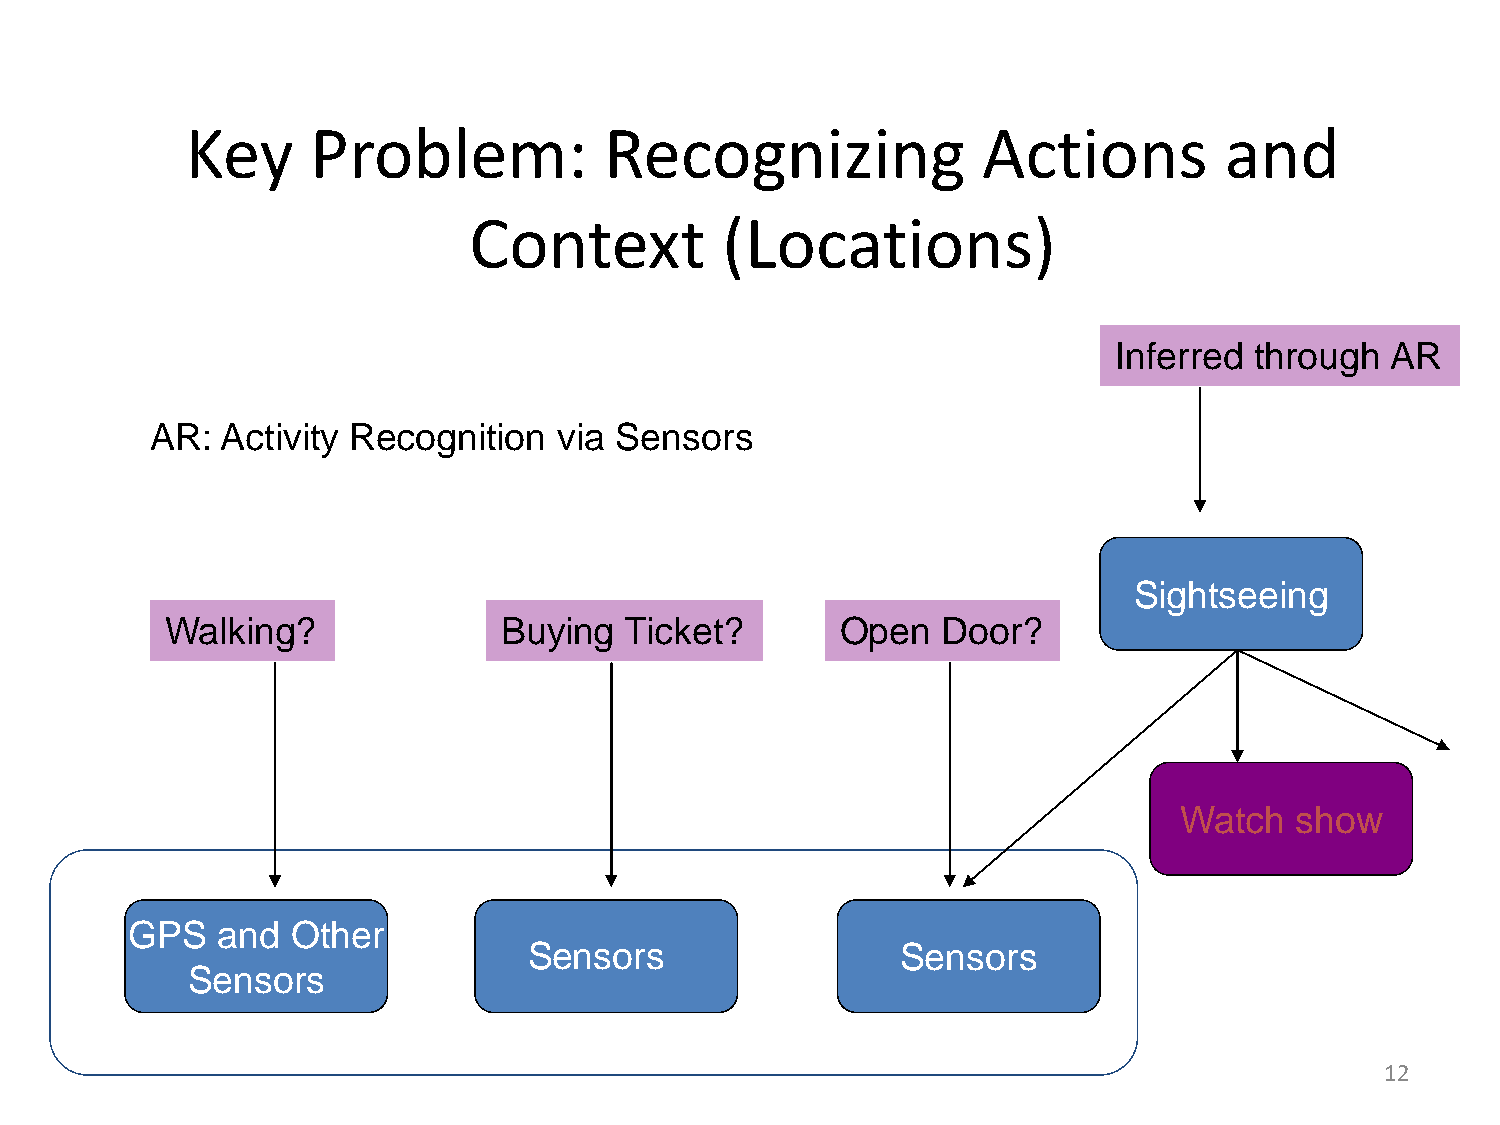
Key      Problem:           Recognizing              Actions         and
 Context          (Locations)
 Inferred through  AR
 AR:  Activity Recognition  via Sensors
 Sightseeing
 Walking?              Buying  Ticket?        Open  Door?
 Watch   show
 GPS   and  Other
 Sensors                  Sensors
 Sensors
 12